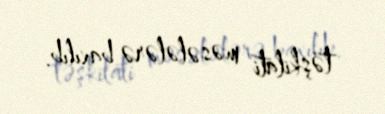
təşkilati məsələlərə baxılıb.